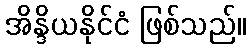
အိန္ဒိယနိုင်ငံ ဖြစ်သည်။